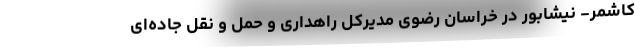
کاشمر- نیشابور در خراسان رضوی مدیرکل راهداری و حمل و نقل جاده‌ای